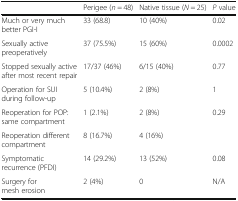
<table><thead><tr><td></td><td><b>Perigee (<i>n</i> = 48)</b></td><td><b>Native tissue (<i>N</i> = 25)</b></td><td><b><i>P</i> value</b></td></tr></thead><tbody><tr><td>Much or very much better PGI-I</td><td>33 (68.8)</td><td>10 (40%)</td><td>0.02</td></tr><tr><td>Sexually active preoperatively</td><td>37 (75.5%)</td><td>15 (60%)</td><td>0.0002</td></tr><tr><td>Stopped sexually active after most recent repair</td><td>17/37 (46%)</td><td>6/15 (40%)</td><td>0.77</td></tr><tr><td>Operation for SUI during follow-up</td><td>5 (10.4%)</td><td>2 (8%)</td><td>1</td></tr><tr><td>Reoperation for POP: same compartment</td><td>1 (2.1%)</td><td>2 (8%)</td><td>0.29</td></tr><tr><td>Reoperation different compartment</td><td>8 (16.7%)</td><td>4 (16%)</td><td></td></tr><tr><td>Symptomatic recurrence (PFDI)</td><td>14 (29.2%)</td><td>13 (52%)</td><td>0.08</td></tr><tr><td>Surgery for mesh erosion</td><td>2 (4%)</td><td>0</td><td>N/A</td></tr></tbody></table>